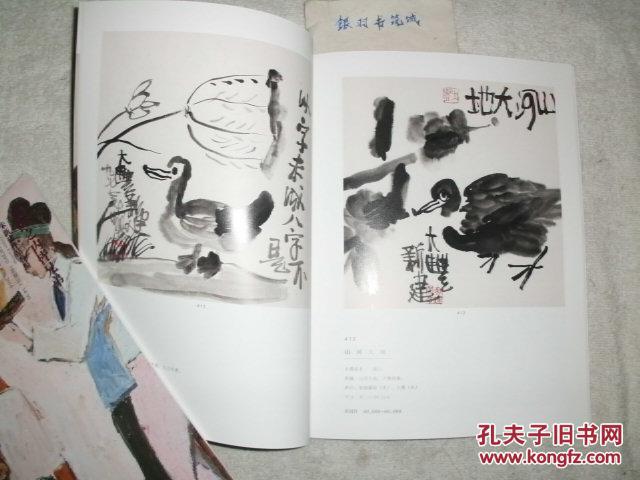
白头灯影凉宵里，一局残棋见六朝。